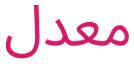
معدل